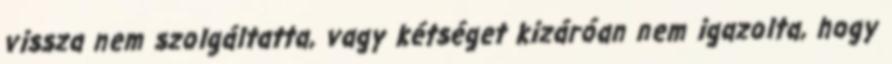
vissza nem szolgáltatta, vagy kétséget kizáróan nem igazolta, hogy